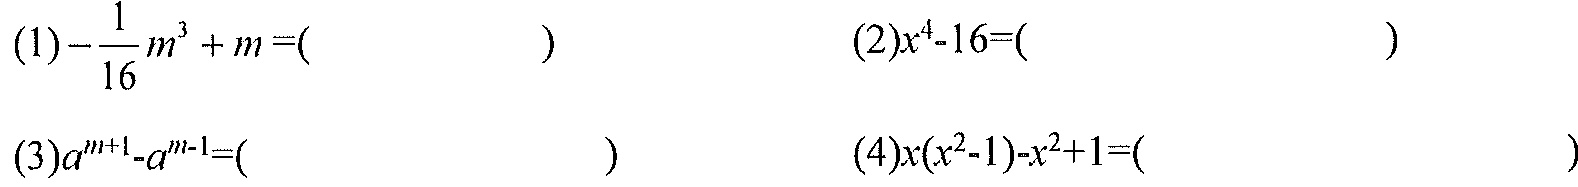
(1)\(-\dfrac{1}{16}m^{3}+m=(\quad\quad)\)  (2)\(x^{4}-16=(\quad\quad)\)
(3)\(a^{m + 1}-a^{m - 1}=(\quad\quad)\)  (4)\(x(x^{2}-1)-x^{2}+1=(\quad\quad)\)